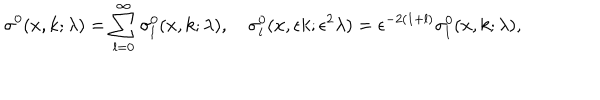
LaTeX: \sigma ^ { 0 } ( x , k ; \lambda ) = \sum _ { l = 0 } ^ { \infty } \sigma _ { l } ^ { 0 } ( x , k ; \lambda ) , \quad \sigma _ { l } ^ { 0 } ( x , \epsilon k ; \epsilon ^ { 2 } \lambda ) = \epsilon ^ { - 2 ( 1 + l ) } \sigma _ { l } ^ { 0 } ( x , k ; \lambda ) ,